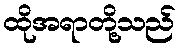
ထိုအရာတို့သည်